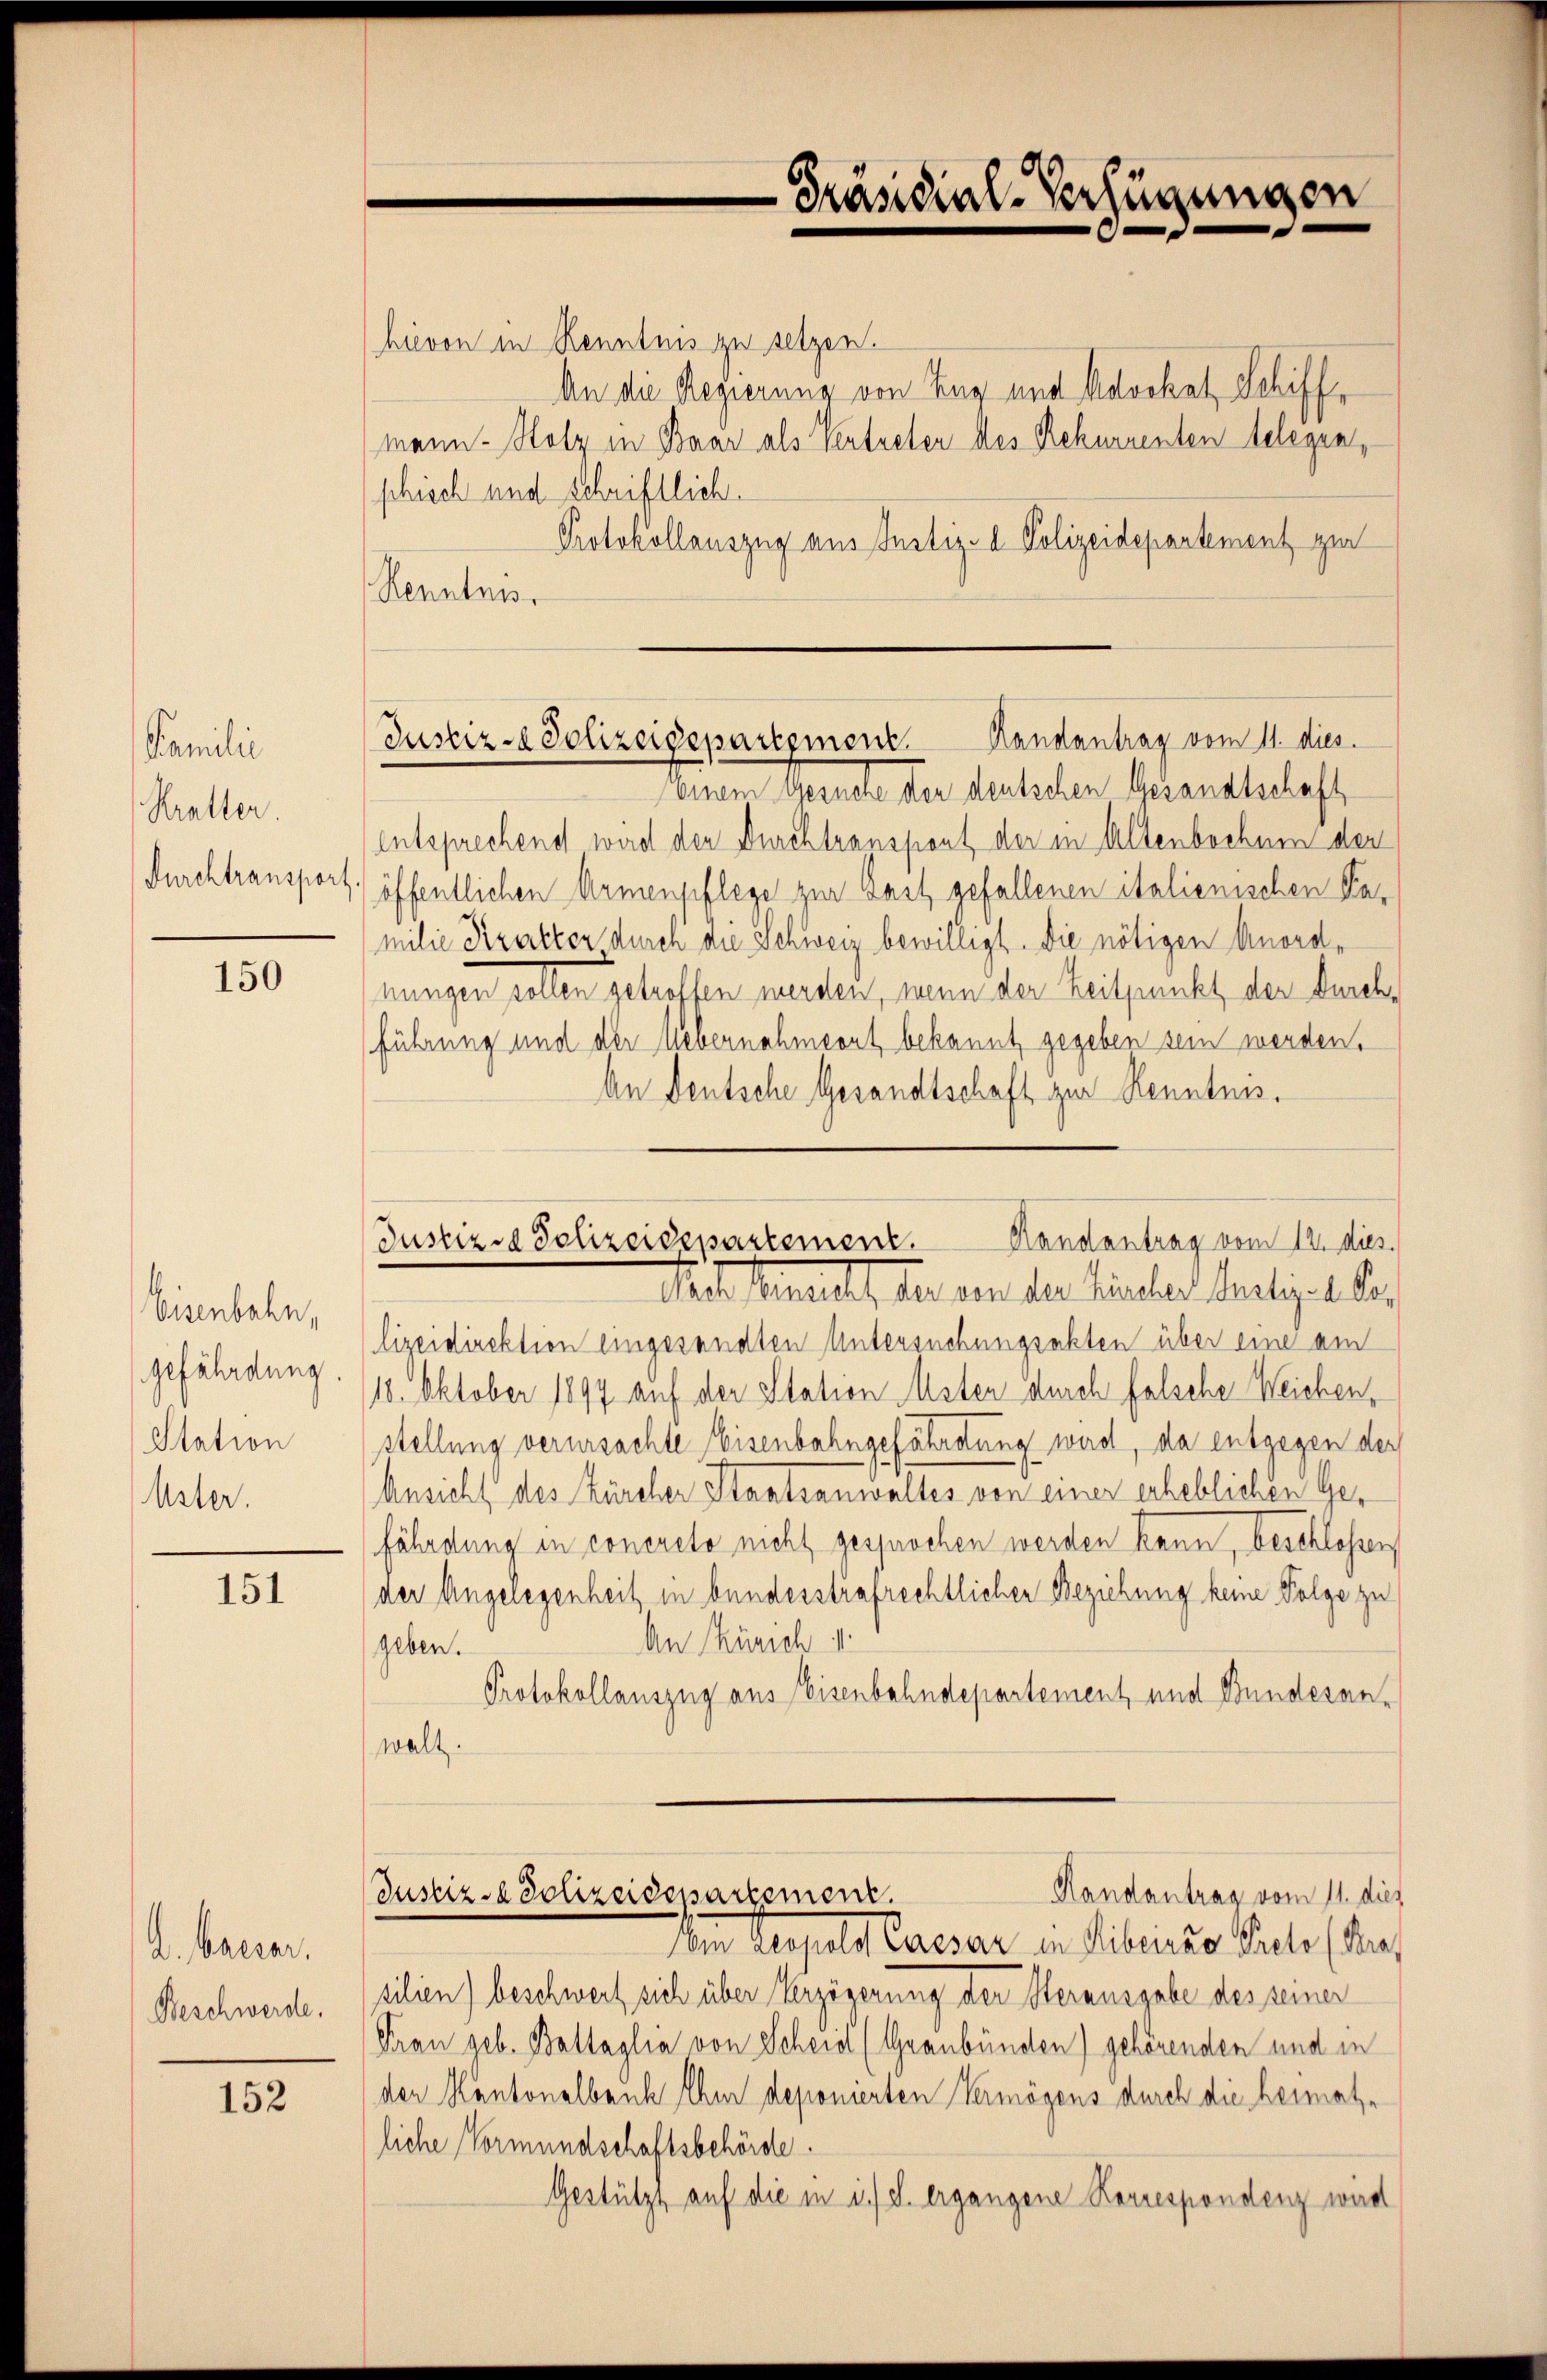
Famili
Kratter.
Furchtransport.

150

Eisenbahn,
gefährdung.
Station
Uster.

151

A. baerar.
Beschwerde.

152

Präsidial-Verfügungen

Justiz- & Polizeidepartement. Handantrag vom 11. dies

hievon in Kenntnis zu setzen.
An die Regierung von Zug und Kovokat Schiffmann - Stolz in Baar als Vertreter des Rekurrenten Gelegen,
shiech und schriftlich
Protokollauszug aus Justiz- & Polizeidepartement zur
Renntnis.
(einem Gesuche der deutschen Gesandtschaft
Entsprechend wird der Durchtranspont der in Altenbochnen der
öffentlichen Armenpflege zur Bast gefallenen italienischen Pamilie Direkter durch die Schweiz bewilligt. Die nötigen Anordnungen sollen getroffen werden, wenn der Zeitpunkt der durchführung und der Uebernahmeont bekannt gegeben sein werden,
An Deutsche Gesandtschaft zur Kenntnis.
Mit bemelt, der an der Kircher heutiges der
lizeidirektion eingesandten Untersuchungsakten über eine am
18. Oktober 1899 auf der Station Uster durch falsche Weichen,
stellung verursachte Eisenbahngefährdung wird, da entgegen der
Ansicht des Zürcher Staatsanwaltes von einer erheblichen Gefährdung in concreto nicht gesprochen werden kann, beschlossen,
der Angelegenheit in bundesstrafrechtlicher Beziehung keine Folge zu
An Zürich 4
geben.
Protokollauszug aus Eisenbahndepartement und Bunderanwalt.
Handantrag vom 11. dies
Justiz & Polizeidensartement.
Im tupald Cassar in Sibenso Seele (das
silien) beschwert sich über Verzögerung der Herausgabe des seiner
Frau geb. Baltaglia von Scheint (Graubünden) gehörenden und in
der Kantonalbank Ihm deponierten Vermögens durch die Heimatliche Vormundschaftsbehörde.
Gestützt auf die in i. d. ergangene Korrespondenz wird

Handantrag vom 12. dies.
Justizd Polizeidepartement.